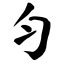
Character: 匀